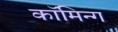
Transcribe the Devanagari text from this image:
कॉमिन्ग